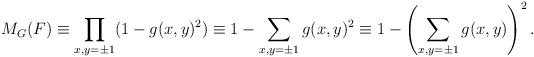
LaTeX: \begin{align*} M_G(F) & \equiv \prod_{x,y=\pm 1} (1-g(x,y)^2 ) \equiv 1- \sum_{x,y=\pm 1} g(x,y)^2\equiv 1- \left(\sum_{x,y=\pm 1} g(x,y)\right)^2.\end{align*}